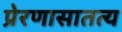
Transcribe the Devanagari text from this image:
प्रेरणासातत्य